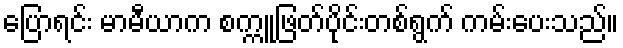
ပြောရင်း မာမီယာက စက္ကူဖြတ်ပိုင်းတစ်ရွက် ကမ်းပေးသည်။